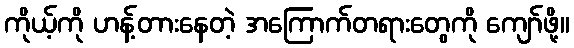
ကိုယ့်ကို ဟန့်တားနေတဲ့ အကြောက်တရားတွေကို ကျော်ဖို့။